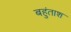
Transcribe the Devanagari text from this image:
बहुंताश